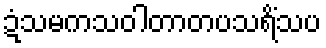
ဍံသမကသဝါတာတပသရိံသပ